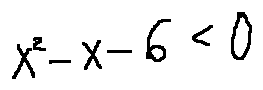
x ^ { 2 } - x - 6 < 0